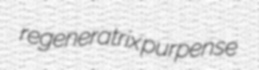
regeneratrix purpense